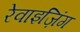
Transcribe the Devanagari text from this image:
रेवाइज़िंग